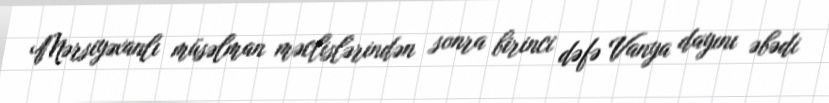
Mərsiyəxanlı müsəlman məclislərindən sonra birinci dəfə Vanya dayını əbədi